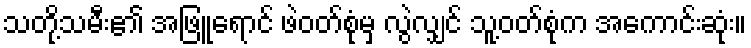
သတို့သမီး၏ အဖြူရောင် ဖဲဝတ်စုံမှ လွဲလျှင် သူ့ဝတ်စုံက အကောင်းဆုံး။